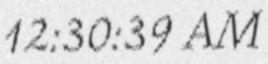
12:30:39 AM